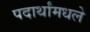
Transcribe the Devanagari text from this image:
पदार्थांमधले